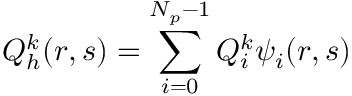
Q _ { h } ^ { k } ( r , s ) = \sum _ { i = 0 } ^ { N _ { p } - 1 } Q _ { i } ^ { k } \psi _ { i } ( r , s )